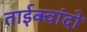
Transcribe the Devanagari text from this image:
ताईक्वांदो